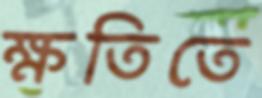
ক্ষতিতে